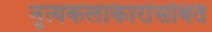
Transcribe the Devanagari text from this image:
नृत्यकलाकारांसोबत